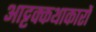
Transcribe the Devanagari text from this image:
आट्टक्कथाकारों